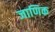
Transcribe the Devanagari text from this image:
जाणिक